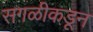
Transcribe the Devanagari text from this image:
सगळीकडून